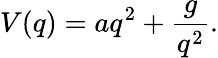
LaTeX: V(q)=aq^{2}+\frac{g}{q^{2}}.